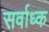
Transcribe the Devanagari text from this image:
सर्वाध्क